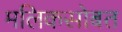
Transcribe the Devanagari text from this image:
मलिकसोबत